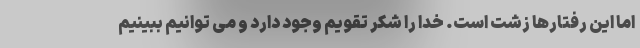
اما این رفتارها زشت است. خدا را شکر تقویم وجود دارد و می توانیم ببینیم